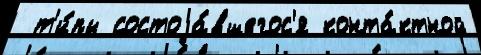
 т'и́пы состоjа́вшегос'я конта́ктной